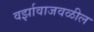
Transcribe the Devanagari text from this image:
वर्झावाजवळील